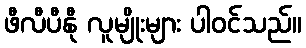
ဖီလီပီနီု လူမျိုးများ ပါဝင်သည်။